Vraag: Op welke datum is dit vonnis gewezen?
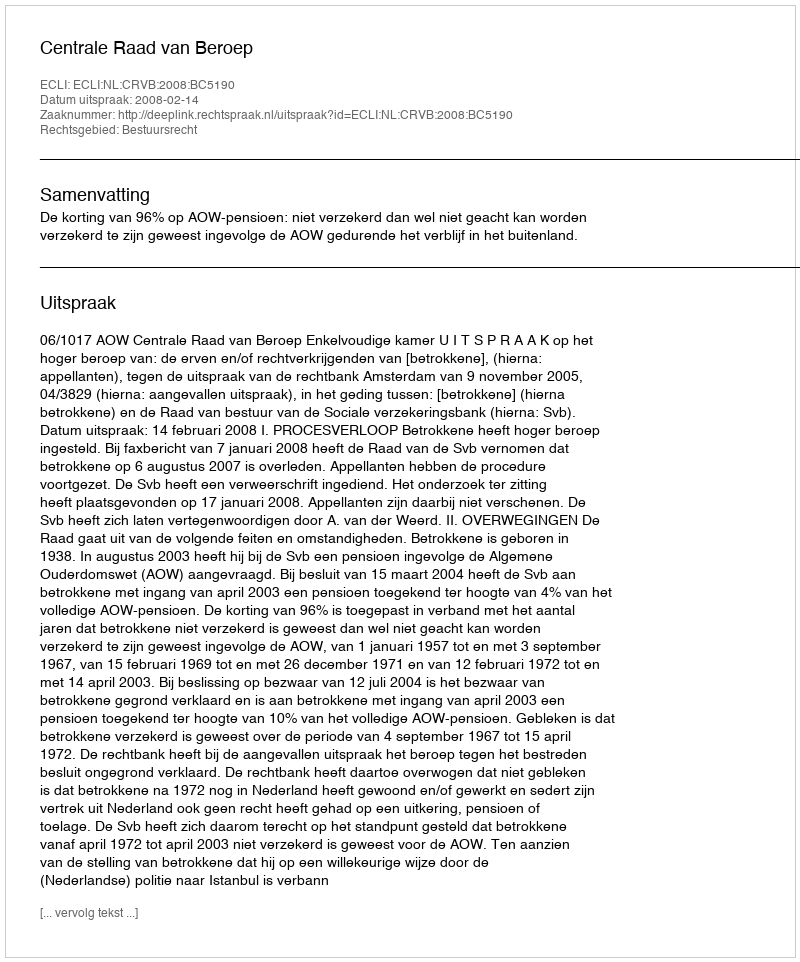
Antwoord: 2008-02-14